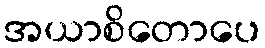
အယာစိတောပေ